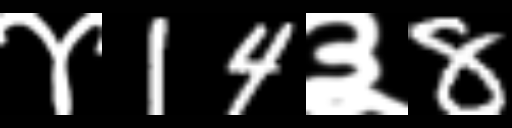
Text: ४14३8